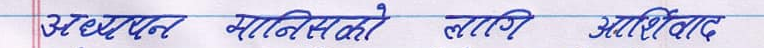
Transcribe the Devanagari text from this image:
अध्ययन मानिसको लागि आशिर्वाद